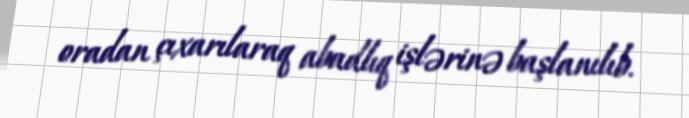
oradan çıxarılaraq abadlıq işlərinə başlanılıb.